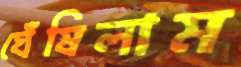
ঘেঁষিলাম